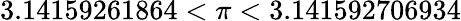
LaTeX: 3.14159261864<\pi<3.141592706934